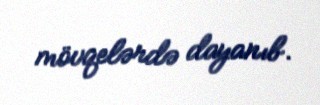
mövqelərdə dayanıb.